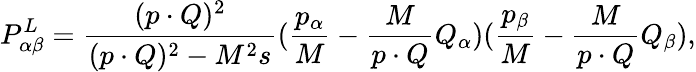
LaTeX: P_{\alpha\beta}^{L}=\frac{(p\cdot Q)^{2}}{(p\cdot Q)^{2}-M^{2}s}(\frac{p_{\alpha}}{M}-\frac{M}{p\cdot Q}Q_{\alpha})(\frac{p_{\beta}}{M}-\frac{M}{p\cdot Q}Q_{\beta}),